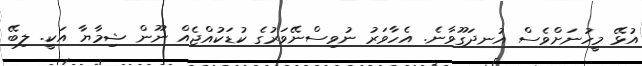
އުޅޭ މީހުނަށްވެސް އުނދަގޫވާނެ. އެހާވަރު ނުވިސްނޭވަރުގެ ކުޑަކުއްޖެއް ނޫން ޝިމާޔާ އަކީ. ލިބޭ